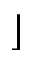
\rfloor